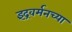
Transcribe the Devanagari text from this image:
इंद्रवर्मनच्या